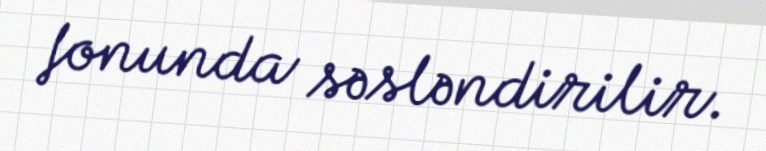
fonunda səsləndirilir.